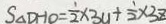
S _ { \Delta } D H O = \frac { 1 } { 2 } \times 3 y + \frac { 1 } { 2 } \times 3 z